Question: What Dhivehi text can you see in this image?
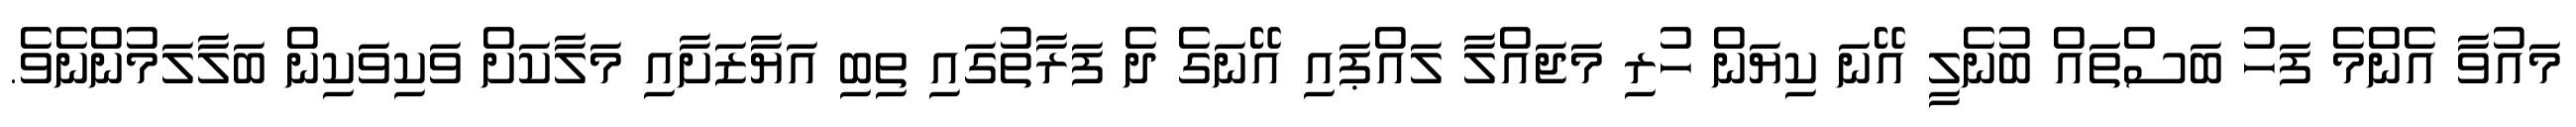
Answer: މައުވާ އެންމެ ފަހު ބަސްތައް ބުނެލީ އޭނަ ކިޔަން ހުރި މަޖައްލާ ލައްޕައި އޭނަގެ ދެ ފަރާތުގައި ތިބި އަޔާޒަށާއި މަލާކަށް ވަކިވަކިން ބަލާލަމުންނެވެ.